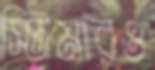
স্টিমারও